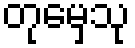
တုမှေသု